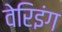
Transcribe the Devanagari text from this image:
वेरिइंग